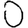
Digit: 0